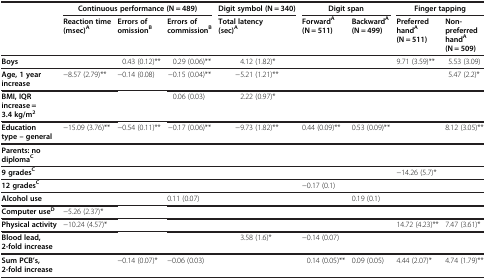
<table><thead><tr><td><b> </b></td><td colspan="3"><b>Continuous performance (N = 489)</b></td><td><b>Digit symbol (N = 340)</b></td><td colspan="2"><b>Digit span</b></td><td colspan="2"><b>Finger tapping</b></td></tr><tr><td><b> </b></td><td><b>Reaction time (msec)<sup>A</sup></b></td><td><b>Errors of omission<sup>B</sup></b></td><td><b>Errors of commission<sup>B</sup></b></td><td><b>Total latency (sec)<sup>A</sup></b></td><td><b>Forward<sup>A</sup>(N = 511)</b></td><td><b>Backward<sup>A</sup>(N = 499)</b></td><td><b>Preferred hand<sup>A</sup>(N = 511)</b></td><td><b>Non-preferred hand<sup>A</sup>(N = 509)</b></td></tr></thead><tbody><tr><td><b>Boys</b></td><td> </td><td>0.43 (0.12)**</td><td>0.29 (0.06)**</td><td>4.12 (1.82)*</td><td> </td><td> </td><td>9.71 (3.59)**</td><td>5.53 (3.09)</td></tr><tr><td><b>Age, 1 year increase</b></td><td>−8.57 (2.79)**</td><td>−0.14 (0.08)</td><td>−0.15 (0.04)**</td><td>−5.21 (1.21)**</td><td> </td><td> </td><td> </td><td>5.47 (2.2)*</td></tr><tr><td><b>BMI, IQR increase = 3.4 kg/m</b><sup><b>2</b></sup></td><td> </td><td> </td><td>0.06 (0.03)</td><td>2.22 (0.97)*</td><td> </td><td> </td><td> </td><td> </td></tr><tr><td><b>Education type – general</b></td><td>−15.09 (3.76)**</td><td>−0.54 (0.11)**</td><td>−0.17 (0.06)**</td><td>−9.73 (1.82)**</td><td>0.44 (0.09)**</td><td>0.53 (0.09)**</td><td> </td><td>8.12 (3.05)**</td></tr><tr><td><b>Parents: no diploma</b><sup><b>C</b></sup></td><td> </td><td> </td><td> </td><td> </td><td> </td><td> </td><td> </td><td> </td></tr><tr><td><b>9 grades</b><sup><b>C</b></sup></td><td> </td><td> </td><td> </td><td> </td><td> </td><td> </td><td>−14.26 (5.7)*</td><td> </td></tr><tr><td><b>12 grades</b><sup><b>C</b></sup></td><td> </td><td> </td><td> </td><td> </td><td>−0.17 (0.1)</td><td> </td><td> </td><td> </td></tr><tr><td><b>Alcohol use</b></td><td> </td><td> </td><td>0.11 (0.07)</td><td> </td><td> </td><td>0.19 (0.1)</td><td> </td><td> </td></tr><tr><td><b>Computer use</b><sup><b>D</b></sup></td><td>−5.26 (2.37)*</td><td> </td><td> </td><td> </td><td> </td><td> </td><td> </td><td> </td></tr><tr><td><b>Physical activity</b></td><td>−10.24 (4.57)*</td><td> </td><td> </td><td> </td><td> </td><td> </td><td>14.72 (4.23)**</td><td>7.47 (3.61)*</td></tr><tr><td><b>Blood lead, 2-fold increase</b></td><td> </td><td> </td><td> </td><td>3.58 (1.6)*</td><td>−0.14 (0.07)</td><td> </td><td> </td><td> </td></tr><tr><td><b>Sum PCB’s, 2-fold increase</b></td><td> </td><td>−0.14 (0.07)*</td><td>−0.06 (0.03)</td><td> </td><td>0.14 (0.05)**</td><td>0.09 (0.05)</td><td>4.44 (2.07)*</td><td>4.74 (1.79)**</td></tr></tbody></table>